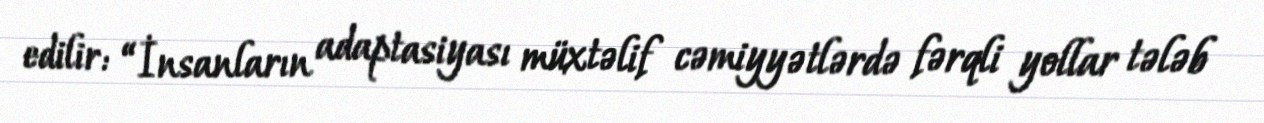
edilir: “İnsanların adaptasiyası müxtəlif cəmiyyətlərdə fərqli yollar tələb